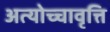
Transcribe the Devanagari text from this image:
अत्योच्चावृत्ति